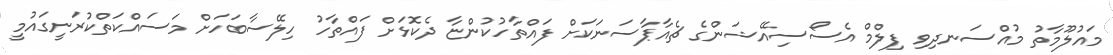
މައުލޫމާތު މުއްސަނދިވި ފިލްމް އެސޯސިއޭޝަންގެ ޗެއާޕާސަނަކަށް ފައްތާހުކުންޏާ ދެކޮޅަށް ފައްތާހު ހިލޭސާބަހަށް މަސައްކަތްކުރަނީގައުމީ